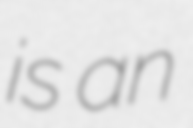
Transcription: is an